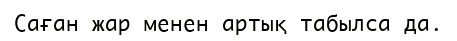
Саған жар менен артық табылса да.